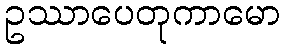
ဥဿာပေတုကာမော